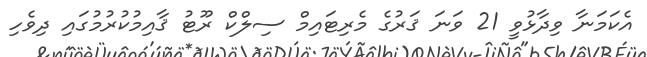
އެކަމަނާ ވިދާޅުވީ 21 ވަނަ ޤަރުގެ މެރިޓައިމް ސިލްކް ރޫޓު ޤާއިމުކުރުމުގައި ދިވެހި